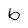
Character: b